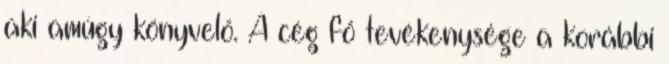
aki amúgy könyvelő. A cég fő tevékenysége a korábbi